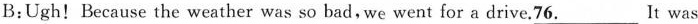
B:Ugh!Because the weather was so bad, we went for a drive.76___.It was